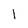
Character: l